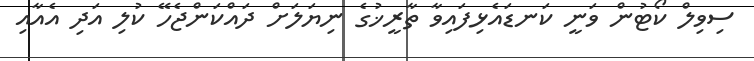
ސިވިލް ކޯޓުން ވަނީ ކަނޑައެޅިފައިވާ ތާރީޚުގެ ނިޔަލަށް ދައްކަންޖެހޭ ކުލި އަދި އެއާއި